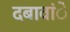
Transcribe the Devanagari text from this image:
दबावांे